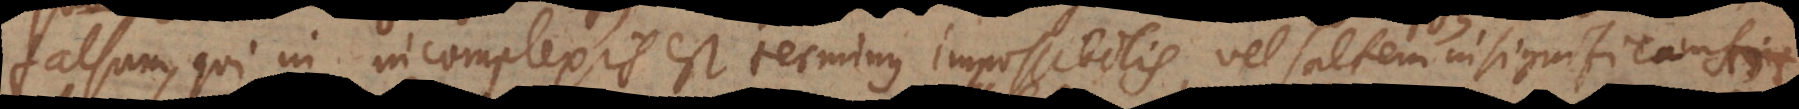
falsum, qui in incomplexis est terminus impossibilis, vel saltem insignifica